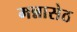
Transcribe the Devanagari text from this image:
मन्नासेठ